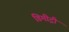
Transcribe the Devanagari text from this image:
डिमीट्री